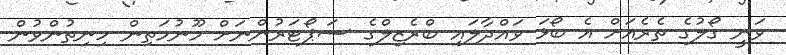
ވަނީ ގޯލުގެ ތެރެއަށް އެ ބޯޅަ ވައްދާލައި ބްރެޒިލްގެ ސަޕޯޓަރުންނަށް މޫނުމަތިން ހިނިތުންވުން